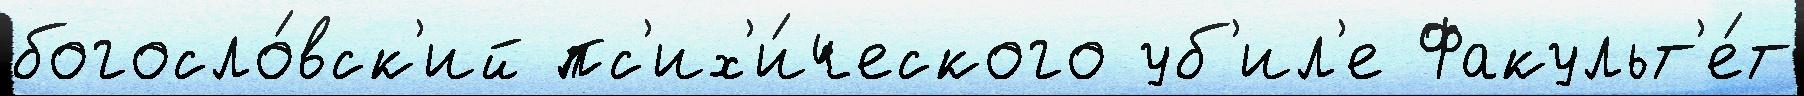
богосло́вск'ий пс'их'и́ческого уб'ил'е Факульт'е́т